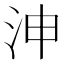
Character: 𣳑